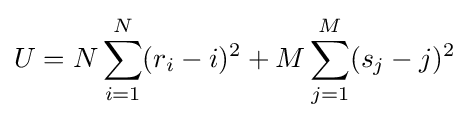
U=N\sum _{i=1}^{N}(r_{i}-i)^{2}+M\sum _{j=1}^{M}(s_{j}-j)^{2}